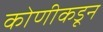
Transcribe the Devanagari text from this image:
कोणीकडून